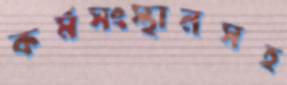
কর্মসংস্থানসহ